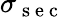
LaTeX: \sigma_{\mathrm{~s~e~c~}}